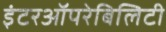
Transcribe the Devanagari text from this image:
इंटरऑपरेबिलिटी